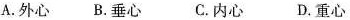
A.外心 B.垂心 C.内心 D.重心